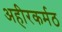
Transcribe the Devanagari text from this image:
अहीरकर्मठ